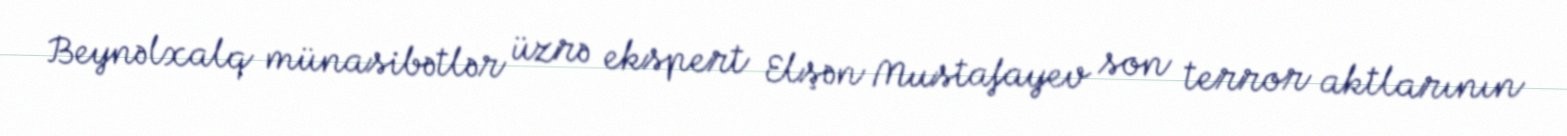
Beynəlxalq münasibətlər üzrə ekspert Elşən Mustafayev son terror aktlarının